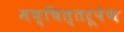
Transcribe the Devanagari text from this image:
मच्चित्तरूपेण